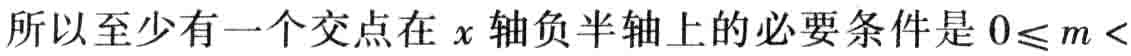
所以至少有一个交点在 \(x\) 轴负半轴上的必要条件是 \(0\leqslant m <\)